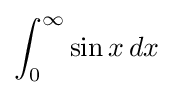
\int _{0}^{\infty }\sin x\,dx